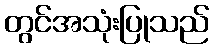
တွင်အသုံးပြုသည်